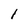
Character: 1